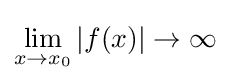
\lim _{x\to x_{0}}|f(x)|\to \infty